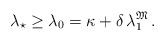
\begin{align*}\lambda_\star\ge\lambda_0=\kappa+\delta\,\lambda_1^{\mathfrak M}\,.\end{align*}